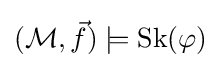
({\mathcal {M}},{\vec {f}})\models {\mbox{Sk}}(\varphi )